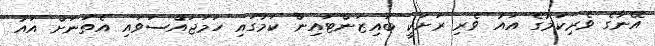
އޭނާގެ ވެރިކަމުގެ އައު ވެރި ރަށަކީ ބައިޒަންޓައިން ކަމުގައި ހަމަޖައްސަވައި އެތަނަށް އައު